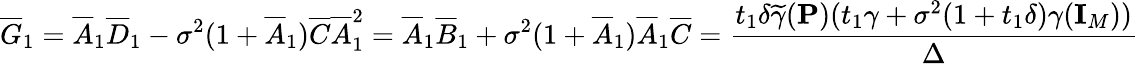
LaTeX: \overline{{G}}_{1}=\overline{{A}}_{1}\overline{{D}}_{1}-\sigma^{2}(1+\overline{{A}}_{1})\overline{{C}}\overline{{A}}_{1}^{2}=\overline{{A}}_{1}\overline{{B}}_{1}+\sigma^{2}(1+\overline{{A}}_{1})\overline{{A}}_{1}\overline{{C}}=\frac{t_{1}\delta\widetilde{\gamma}({\mathbf{P}})(t_{1}\gamma+\sigma^{2}(1+t_{1}\delta)\gamma({\mathbf{I}}_{M}))}{\Delta}